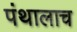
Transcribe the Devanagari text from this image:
पंथालाच